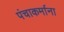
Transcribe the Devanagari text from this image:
पंचाकर्माना